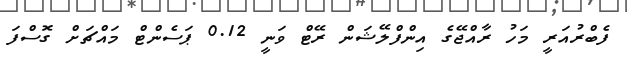
ފެބްރުއަރީ މަހު ރާއްޖޭގެ އިންފްލޭޝަން ރޭޓް ވަނީ 0.12 ޕަސެންޓް މައްޗަށް ގޮސްފަ